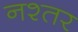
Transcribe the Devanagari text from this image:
नश्तर